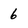
Character: 6